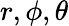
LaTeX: r,\phi,\theta